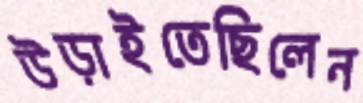
উড়াইতেছিলেন